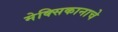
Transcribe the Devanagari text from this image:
मेक्सिकानाचे